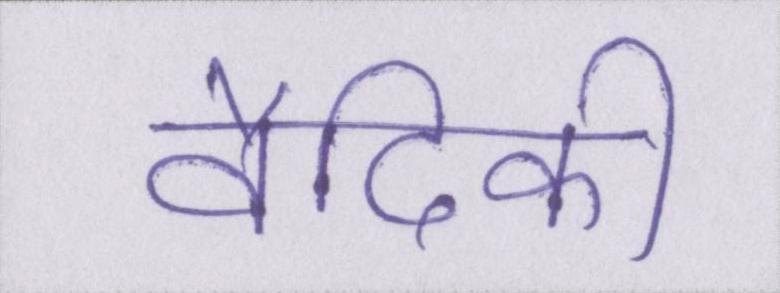
वैदिकी